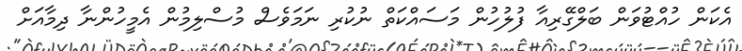
އެކަން ހުއްޓުވަން ބަލްގޭރިއާ ފުލުހުން މަސައްކަތް ނުކުރި ނަމަވެސް މުސްލިމުން އެމީހުންނާ ދިމާއަށް